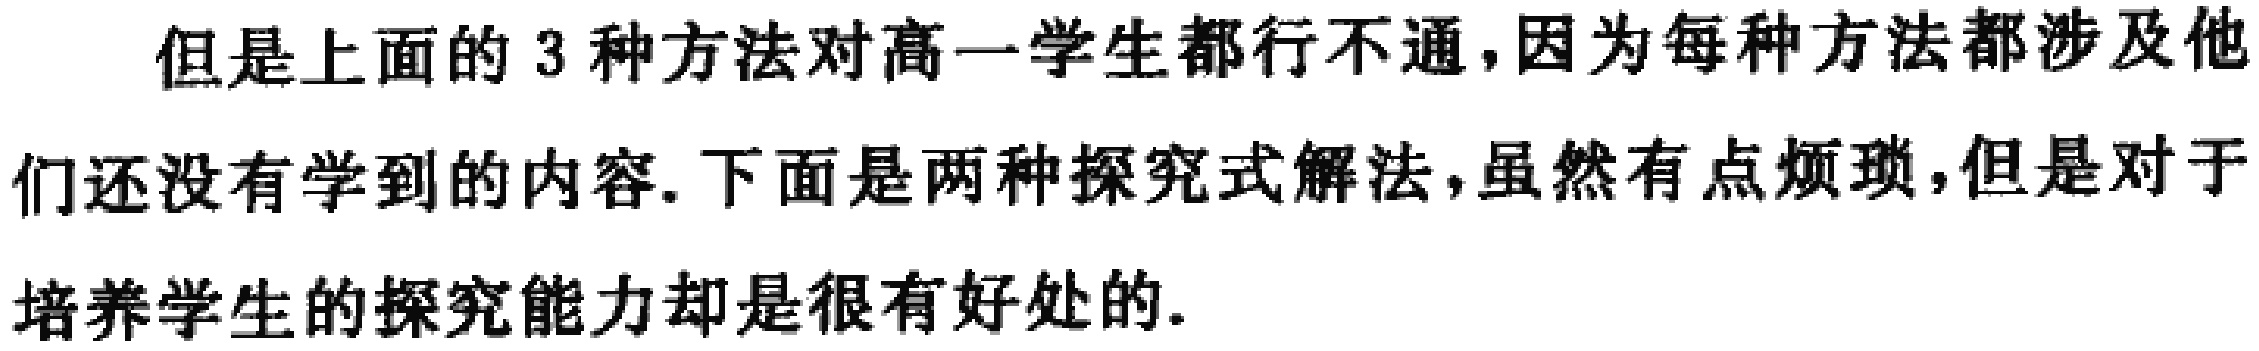
但是上面的 3 种方法对高一学生都行不通，因为每种方法都涉及他们还没有学到的内容. 下面是两种探究式解法，虽然有点烦琐，但是对于培养学生的探究能力却是很有好处的.